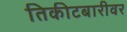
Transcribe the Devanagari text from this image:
तिकीटबारीवर